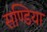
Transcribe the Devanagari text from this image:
सण्डिया